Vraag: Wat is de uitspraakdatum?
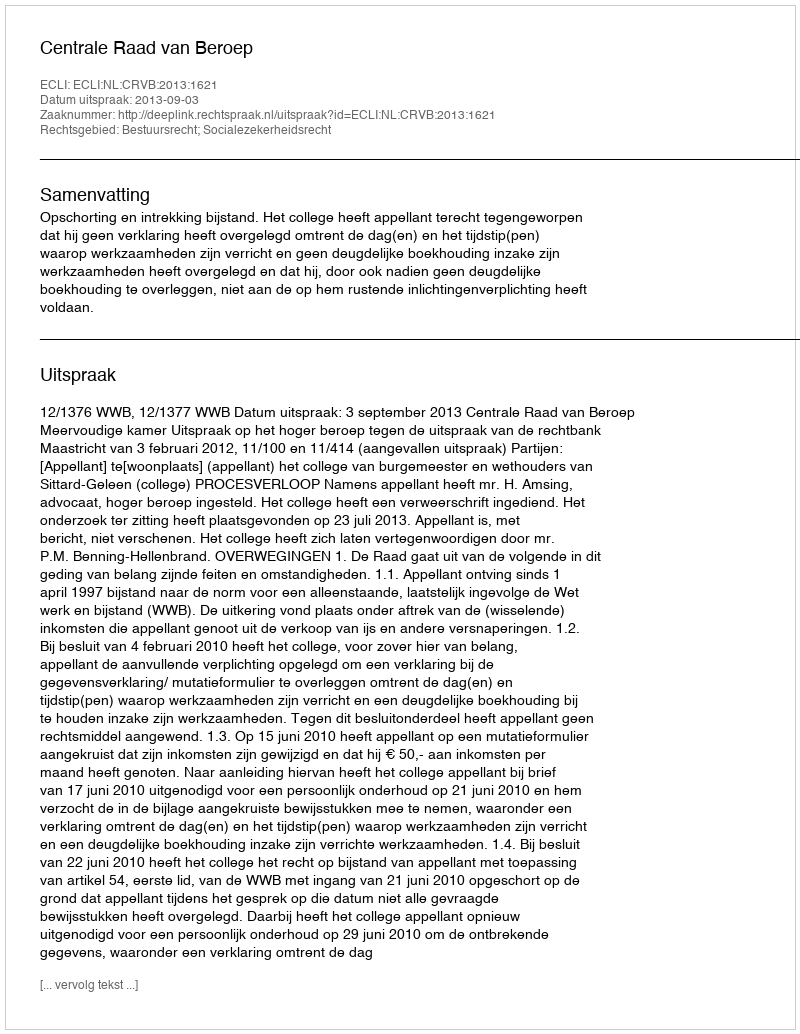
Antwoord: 2013-09-03